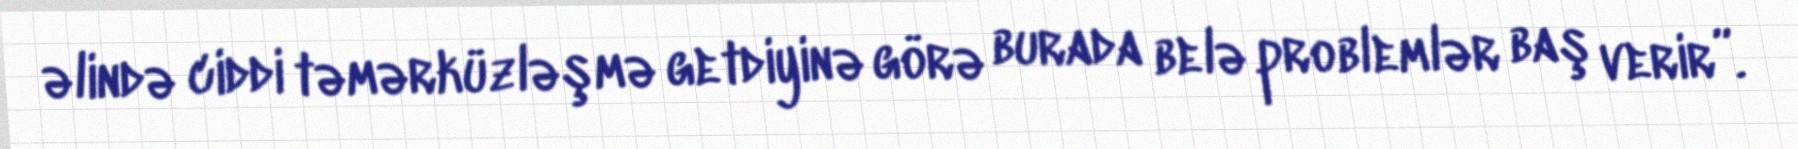
əlində ciddi təmərküzləşmə getdiyinə görə burada belə problemlər baş verir”.